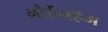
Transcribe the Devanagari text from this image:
नौर्डेनहैम